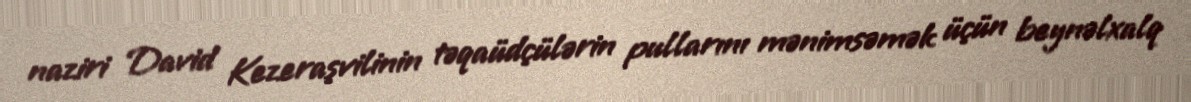
naziri David Kezeraşvilinin təqaüdçülərin pullarını mənimsəmək üçün beynəlxalq